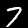
Digit: 7